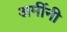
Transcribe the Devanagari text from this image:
अर्मीनी